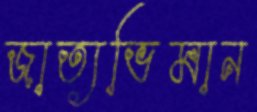
জাত্যভিমান